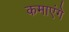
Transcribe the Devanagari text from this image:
कमाएंगे